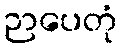
ဉာပေတုံ